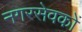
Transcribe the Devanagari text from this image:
नगरसेवकों